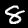
Label: 8